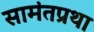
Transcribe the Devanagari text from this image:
सामंतप्रथा